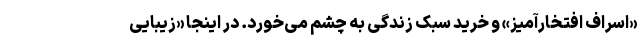
«اسراف افتخارآمیز» و خرید سبک زندگی به چشم می‌خورد. در اینجا «زیبایی